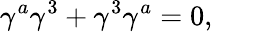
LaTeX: \gamma^{a}\gamma^{3}+\gamma^{3}\gamma^{a}=0,\qquad